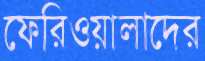
ফেরিওয়ালাদের